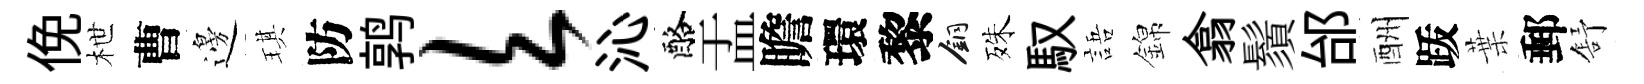
俛枻曹邊琪防鹑欠沁酪盂瞻環黎銅殊馭語錦翕鬚邰酬䟦葉郵舒